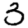
Digit: 3